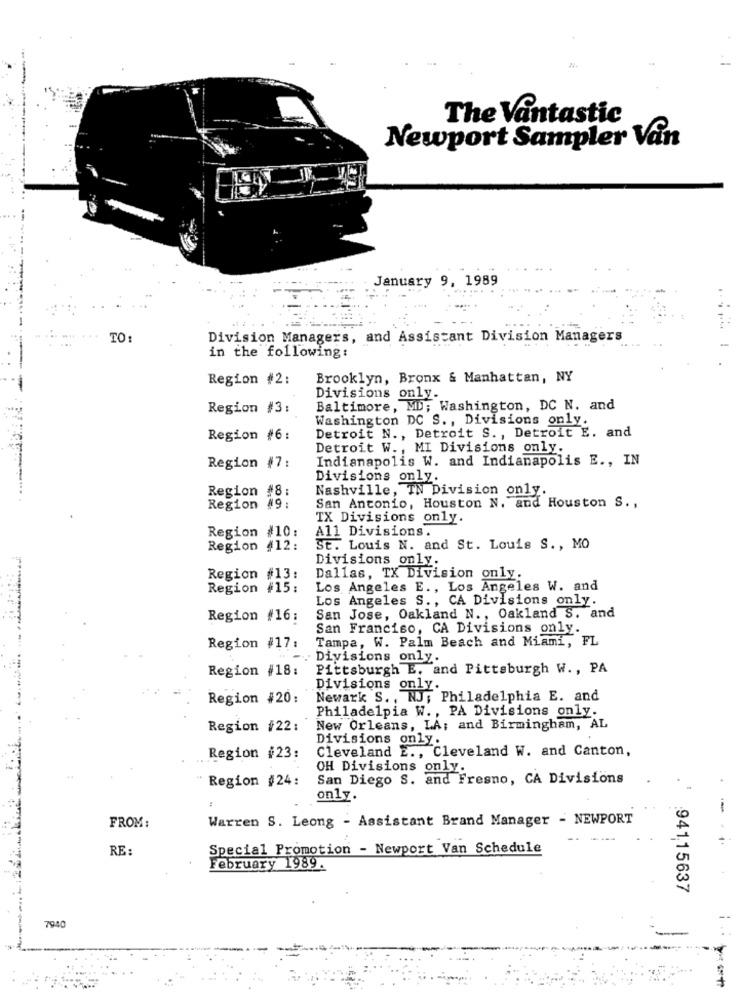
The Vantastic
Newport Sampler Vån
January 9, 1989
..
TO:
Division Managers, and Assistant Division Managers
in the following:
Region #2:
Brooklyn, Bronx & Manhattan, NY
Divisions only.
Region #3:
Baltimore, MD; Washington, DC N. and
Washington DC S ., Divisions only.
Detroit N ., Detroit S ., Detroit E. and
Region #6:
Detroit W ., MI Divisions only.
Indianapolis W. and Indianapolis E ., IN
Region #7:
Divisions only.
Region #8:
Nashville, TN Division only.
San Antonio, Houston N. and Houston S .,
Region #9:
TX Divisions only.
Region #10:
All Divisions.
Region #12:
St. Louis N. and St. Louis S ., MO
Divisions only.
Region #13:
Dallas, TX Division only.
Region #15:
Los Angeles E ., Los Angeles W. and
Los Angeles S ., CA Divisions only.
Region #16:
San Jose, Oakland N ., Oakland S. and
San Franciso, CA Divisions only.
Tampa, W. Palm Beach and Miami, FL
Region #17:
Divisions only
Region #18:
Pittsburgh E, and Pittsburgh W ., PA
Divisions only.
Region #20:
Newark S ., NJ; Philadelphia E. and
Philadelpia W ., PA Divisions only.
Region #22:
New Orleans, LA; and Birmingham, AL
Divisions only.
Cleveland E ., Cleveland W. and Canton,
Region #23:
OH Divisions only.
Region #24:
San Diego S. and Fresno, CA Divisions
only.
-
Warren S. Leong - Assistant Brand Manager - NEWPORT
FROM:
RE :
Special Promotion - Newport Van Schedule
February 1989.
94115637
7940